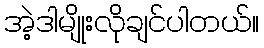
အဲ့ဒါမျိုးလိုချင်ပါတယ်။